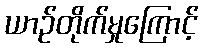
ယာဉ်တိုက်မှုကြောင့်